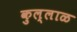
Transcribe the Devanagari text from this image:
कुल्लाळ